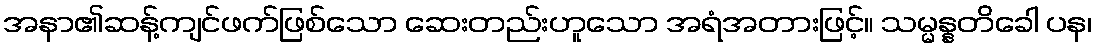
အနာ၏ဆန့်ကျင်ဖက်ဖြစ်သော ဆေးတည်းဟူသော အရံအတားဖြင့်။ သမ္မန္နတိခေါ ပန၊